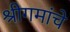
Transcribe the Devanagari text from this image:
श्रीगमांचे